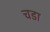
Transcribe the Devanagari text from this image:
चडा